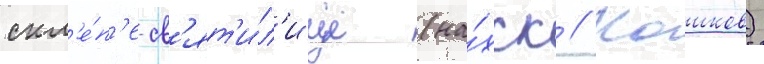
скл'е́п'е-св'ят'и́л'ище (на́хск // Кашков)